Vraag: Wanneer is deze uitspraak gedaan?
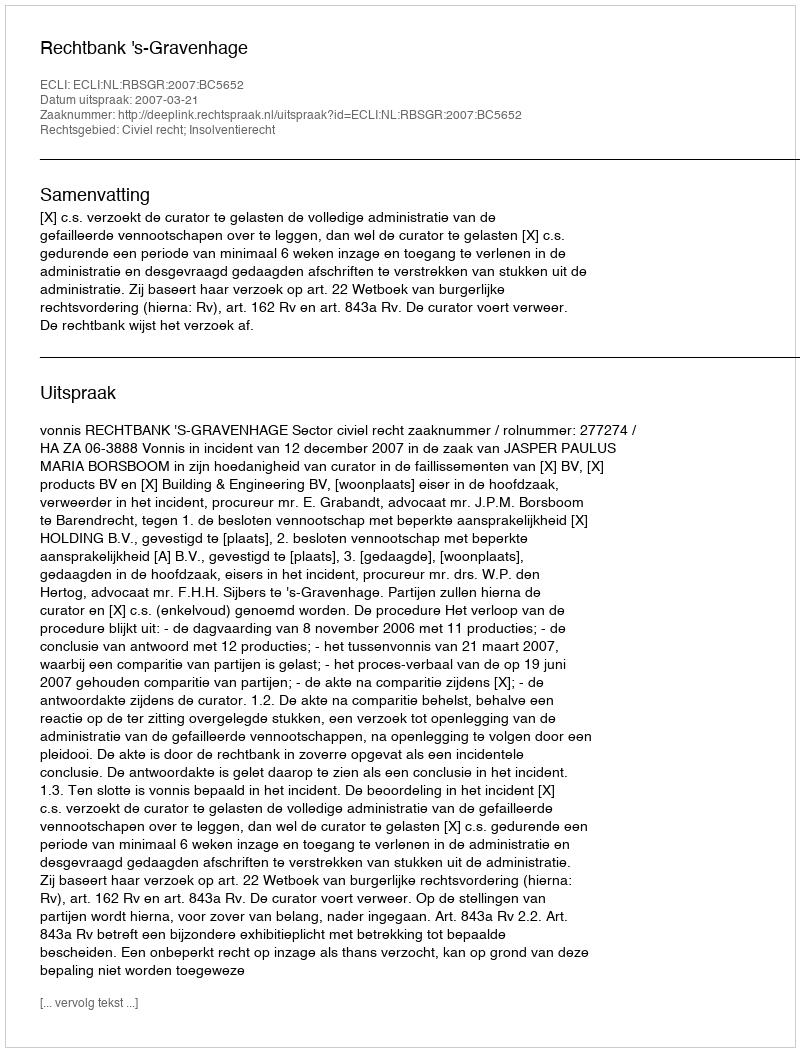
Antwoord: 2007-03-21